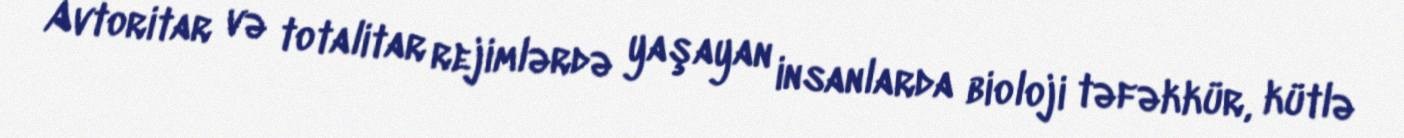
Avtoritar və totalitar rejimlərdə yaşayan insanlarda bioloji təfəkkür, kütlə